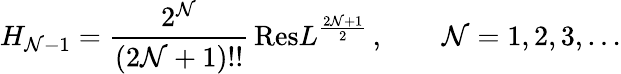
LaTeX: H_{\mathcal{N}-1}=\frac{{2^{\mathcal{N}}}}{{(2\mathcal{N}+1)!!}}\, \mathrm{{Res}}L^{\frac{{2\mathcal{N}+1}}{{2}}}\, ,\qquad\mathcal{N}=1,2,3,\dots